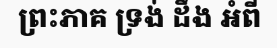
ព្រះភាគ ទ្រង់ ដឹង អំពី